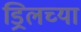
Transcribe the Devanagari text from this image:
ड्रिलच्या